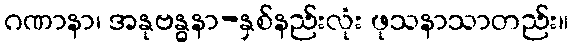
ဂဏာနာ၊ အနုဗန္ဓနာ-နှစ်နည်းလုံး ဖုသနာသာတည်း။